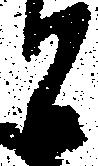
と